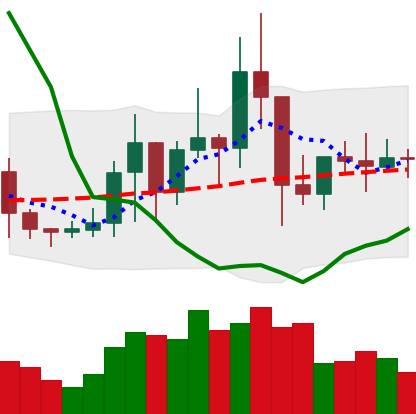
Ticker: TRX-USD
Chart end date: 2021-01-17
Forward return: -4.987%
Label: down_3_5